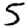
Digit: 5